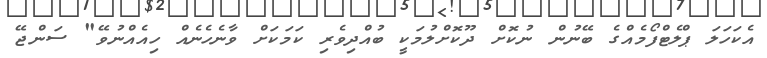
އެކަހަލަ ޕްލެޓްފޯމެއްގެ ބޭނުން ނުކޮށް ދޫކޮށްލުމަކީ ބުއްދިވެރި ކަމަކަށް ވާނެހެނެއް ހިއެއްނުވޭ" ސަންޖޭ